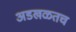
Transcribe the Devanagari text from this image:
अडखळतच